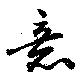
意